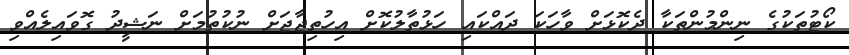
ކޯޓުތަކުގެ ނިންމުންތަކާ ދެކޮޅަށް ވާހަކަ ދައްކައި ހަޅުތާލުކޮށް އިހުތިޖާޖަށް ނުކުތުމަށް ނަޝީދު ގޮވައިލެއްވި